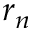
r _ { n }